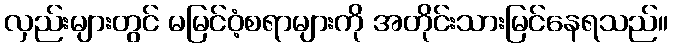
လှည်းများတွင် မမြင်ဝံ့စရာများကို အတိုင်းသားမြင်နေရသည်။